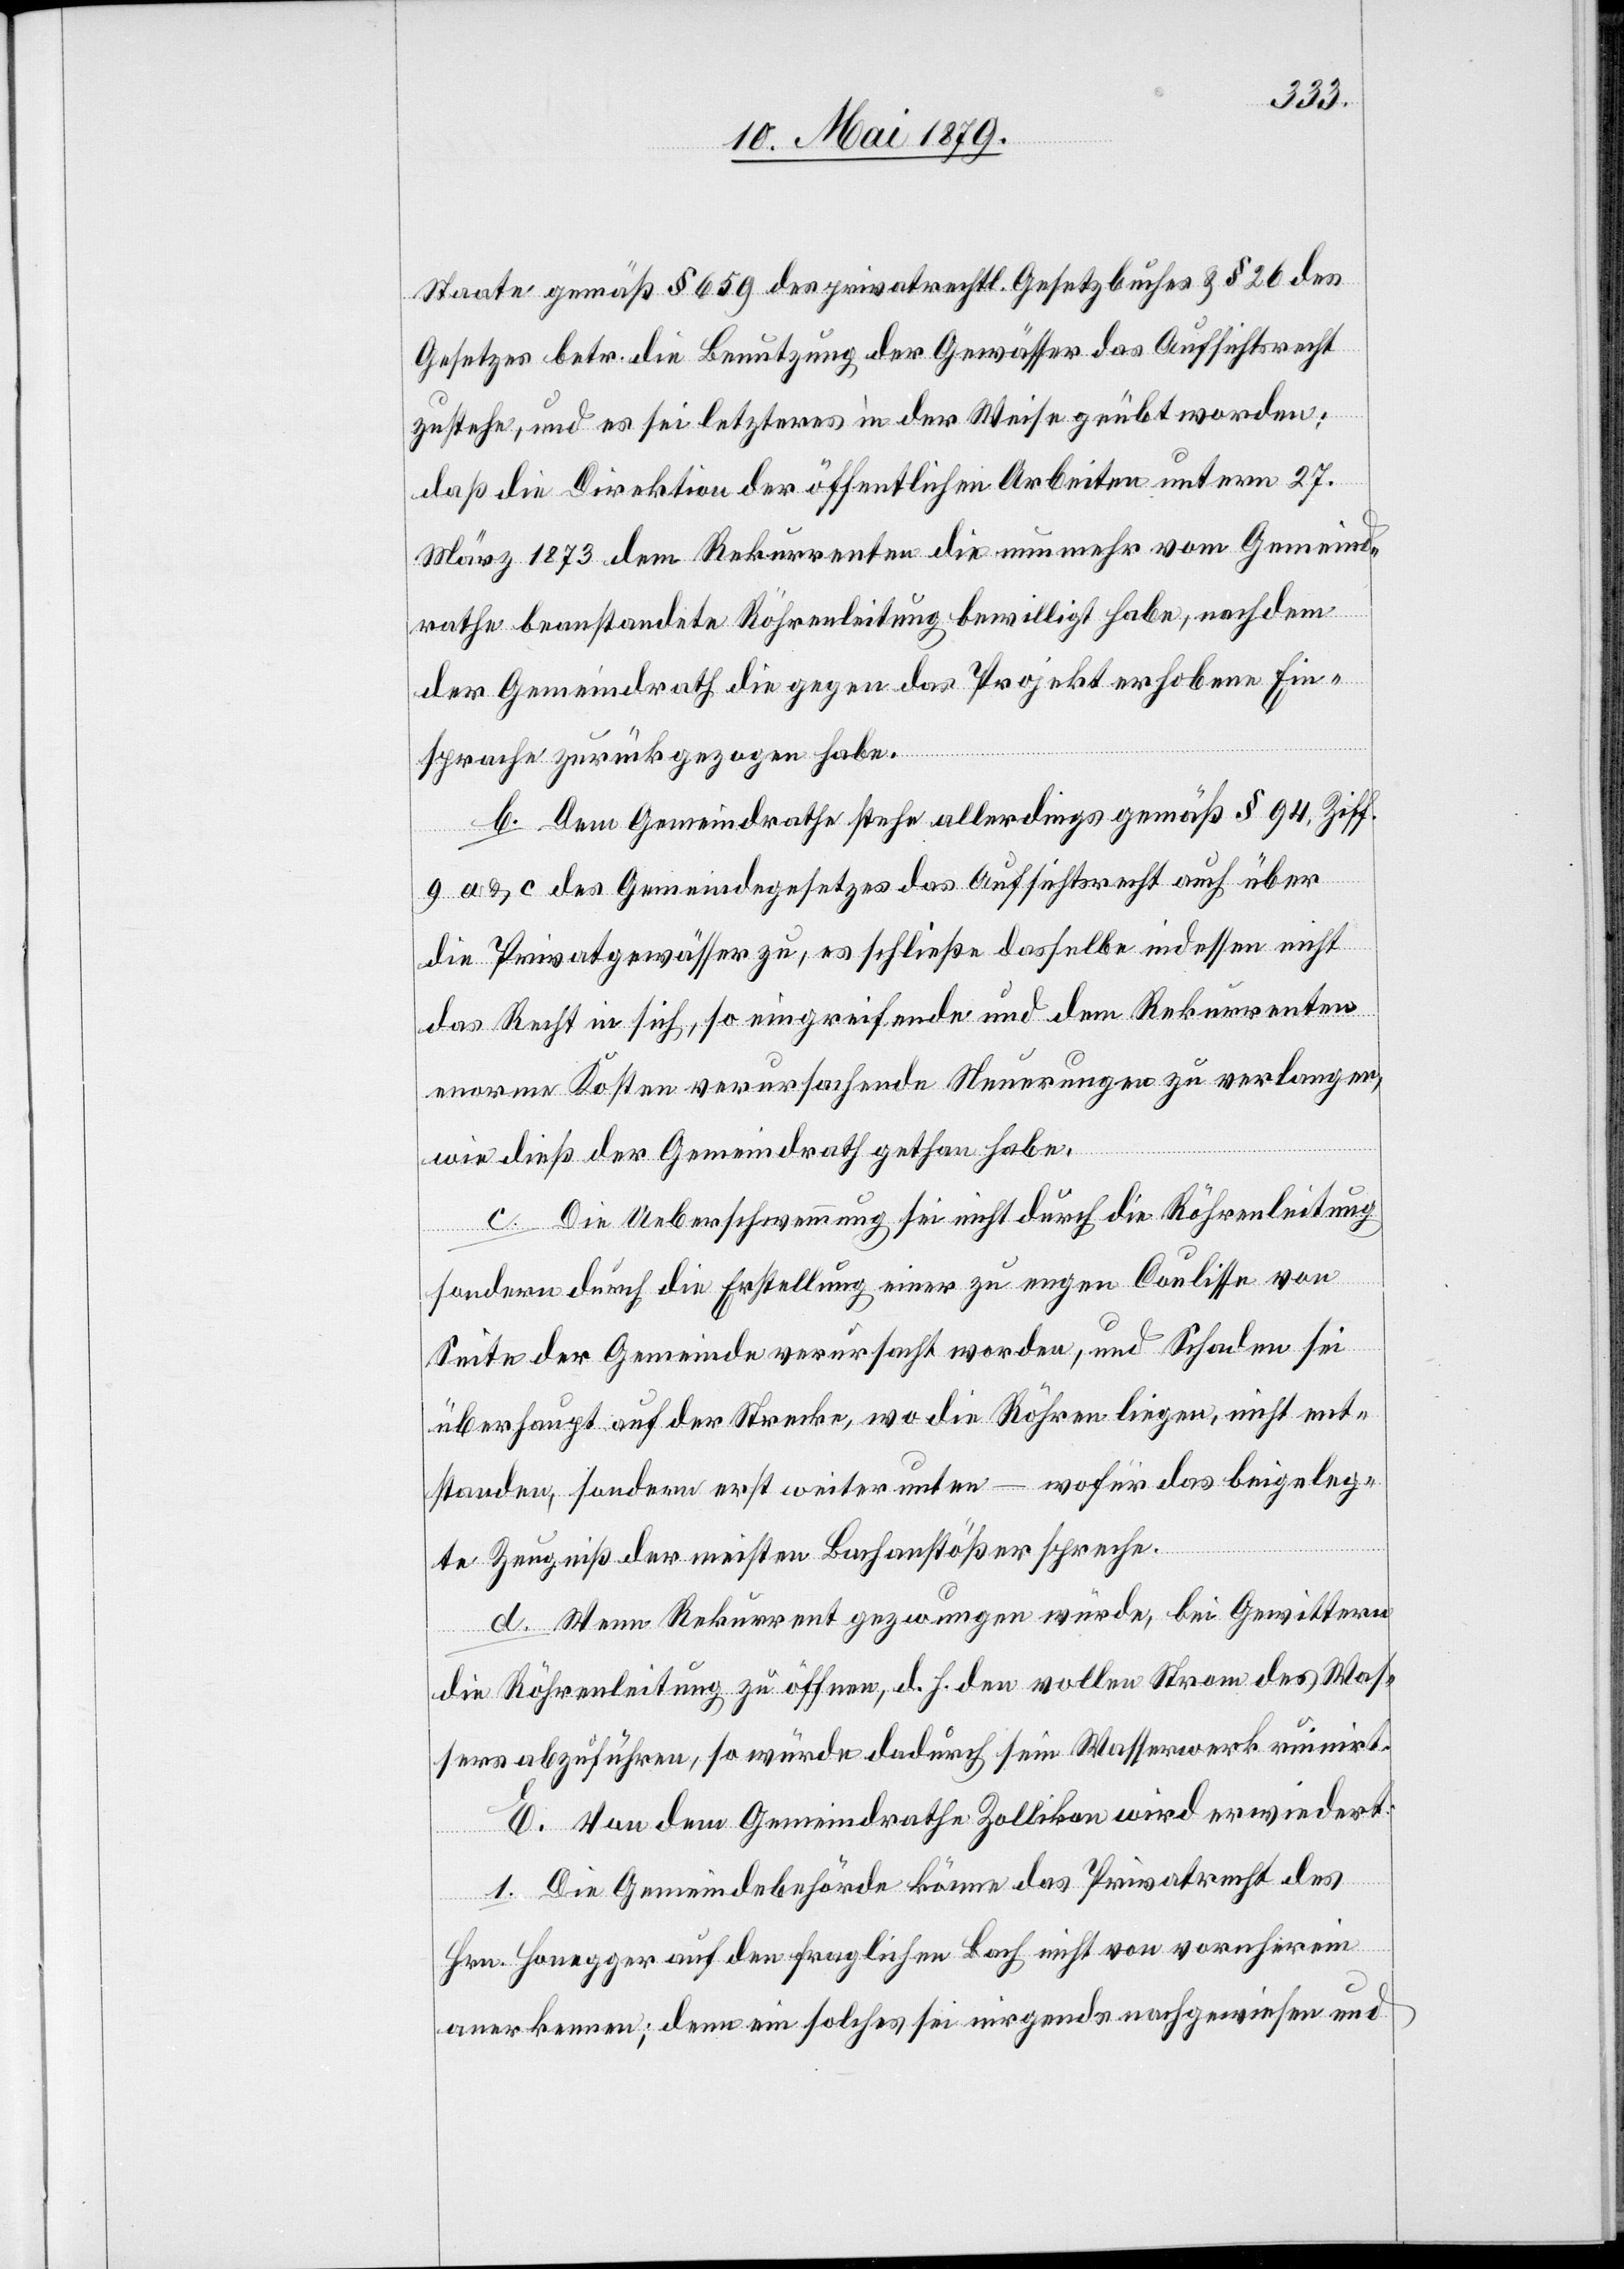
Staate gemäß § 659 des privatrechtl. Gesetzbuches & § 26 des
Gesetzes betr. die Benutzung der Gewässer das Aufsichtsrecht
zustehe, und es sei letzteres in der Weise geübt worden,
daß die Direktion der öffentlichen Arbeiten unterm 27.
März 1873 dem Rekurrenten die nunmehr vom Gemeind¬
rathe beanstandete Röhrenleitung bewilligt habe, nachdem
der Gemeindrath die gegen das Projekt erhobene Ein¬
sprache zurückgezogen habe.
b. Dem Gemeindrathe stehe allerdings gemäß § 94, Ziff.
9 a & c des Gemeindegesetzes das Aufsichtsrecht auch über
die Privatgewässer zu, es schließe dasselbe indessen nicht
das Recht in sich, so eingreifende und dem Rekurrenten
enorme Kosten verursachende Neuerungen zu verlangen,
wie dieß der Gemeindrath gethan habe.
c. Die Ueberschwemmung sei nicht durch die Röhrenleitung
sondern durch die Erstellung einer zu engen Coulisse von
Seite der Gemeinde verursacht worden, und Schaden sei
überhaupt auf der Strecke, wo die Röhren liegen, nicht ent¬
standen, sondern erst weiter unten – wofür das beigeleg¬
te Zeugniß der meisten Bachanstößer spreche.
d. Wenn Rekurrent gezwungen würde, bei Gewittern
die Röhrenleitung zu öffnen, d. h. den vollen Strom des Was¬
sers abzuführen, so würde dadurch sein Wasserwerk ruinirt.
E. Von dem Gemeindrathe Zollikon wird erwiedert:
1. Die Gemeindebehörde könne das Privatrecht des
Hrn. Honegger auf den fraglichen Bach nicht von vornherein
anerkennen; denn ein solches sei nirgends nachgewiesen und